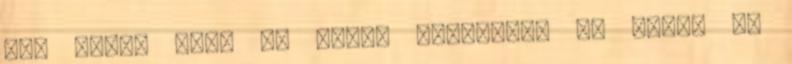
Na, kérem ezek az igazi kérdések. És senki ne